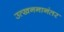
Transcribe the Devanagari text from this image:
उत्खननानंतर